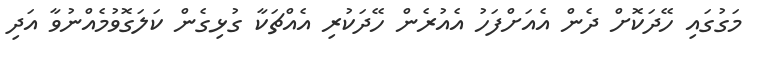
މަގުގައި ހޭދަކޮށް ދެން އެއަށްފަހު އެއުރެން ހޭދަކުރި އެއްޗަކާ ގުޅިގެން ކަލަގޮވުމެއްނުވާ އަދި